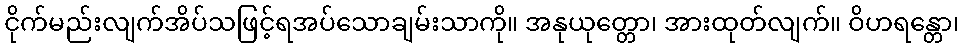
ငိုက်မည်းလျက်အိပ်သဖြင့်ရအပ်သောချမ်းသာကို။ အနုယုတ္တော၊ အားထုတ်လျက်။ ဝိဟရန္တော၊